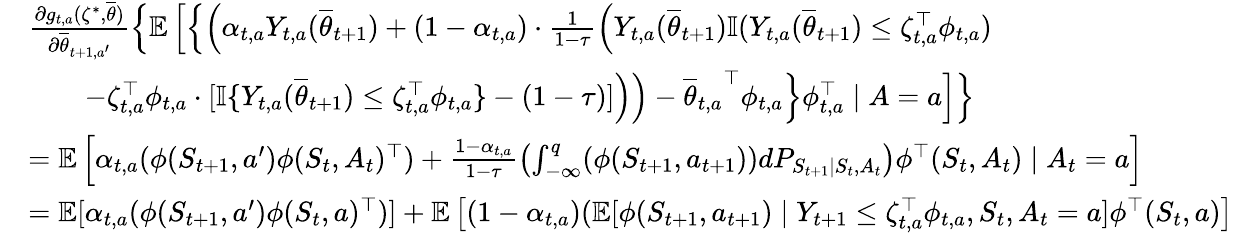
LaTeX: \begin{array}{rl}&{\frac{\partial g_{t,a}(\zeta^{*},\overline{{\theta}})}{\partial\overline{{\theta}}_{t+1,a^{\prime}}}\left\{ \mathbb E\left[\left\{ \left(\alpha_{t,a}{Y}_{t,a}(\overline{{\theta}}_{t+1})+(1-{\alpha}_{t,a})\cdot\textstyle\frac{1}{1-\tau}\Big({Y}_{t,a}(\overline{{\theta}}_{t+1})\mathbb{I}({Y}_{t,a}(\overline{{\theta}}_{t+1})\leq\zeta_{t,a}^{\top}\phi_{t,a})\right.\right.\right.\right.}\\ &{\qquad\left.\left.\left.\left.-\zeta_{t,a}^{\top}\phi_{t,a}\cdot[\mathbb{I}\{ {Y}_{t,a}(\overline{{\theta}}_{t+1})\leq\zeta_{t,a}^{\top}\phi_{t,a}\} -(1-\tau)]\Big)\right)-{\overline{{\theta}}_{t,a}}^{\top}\phi_{t,a}\right\} \phi_{t,a}^{\top}\mid A=a\right]\right\} }\\ &{=\mathbb E\left[\alpha_{t,a}(\phi(S_{t+1},a^{\prime})\phi(S_{t},A_{t})^{\top})+\frac{1-{\alpha}_{t,a}}{1-\tau}\left(\int_{-\infty}^{q}(\phi(S_{t+1},a_{t+1}))dP_{S_{t+1}\mid S_{t},A_{t}}\right)\phi^{\top}(S_{t},A_{t})\mid A_{t}=a\right]}\\ &{=\mathbb E[\alpha_{t,a}(\phi(S_{t+1},a^{\prime})\phi(S_{t},a)^{\top})]+\mathbb E\left[({1-{\alpha}_{t,a}})(\mathbb E[\phi(S_{t+1},a_{t+1})\mid Y_{t+1}\leq\zeta_{t,a}^{\top}\phi_{t,a},S_{t},A_{t}=a]\phi^{\top}(S_{t},a)\right]}\end{array}